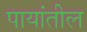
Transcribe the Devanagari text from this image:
पायांतील